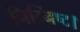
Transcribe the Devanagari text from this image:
निम्निष्ट।